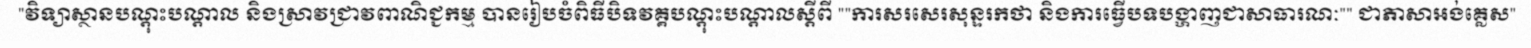
វិទ្យាស្ថានបណ្តុះបណ្តាល និងស្រាវជ្រាវពាណិជ្ជកម្ម បានរៀបចំពិធីបិទវគ្គបណ្តុះបណ្តាលស្តីពី "ការសរសេរសុន្ទរកថា និងការធ្វើបទបង្ហាញជាសាធារណៈ" ជាភាសាអង់គ្លេស